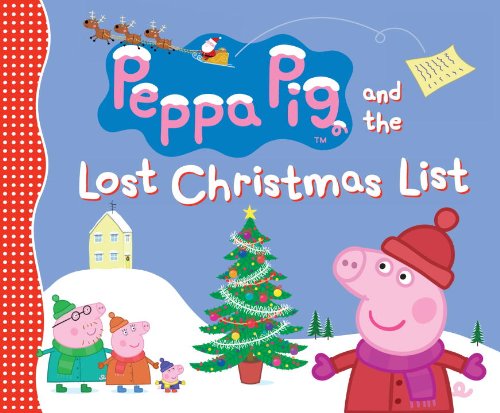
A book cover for Peppa Pig and the Lost Christmas List; Candlewick Press; Children's Books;